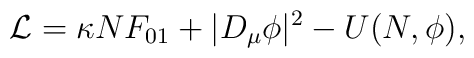
{\cal L} = \kappa N F_{01} + |D_\mu \phi|^2 -U(N,\phi),